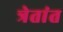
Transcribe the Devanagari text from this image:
त्रेतांत